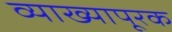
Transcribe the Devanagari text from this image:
व्याख्यापूरक